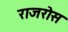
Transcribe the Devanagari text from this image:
राजरोस